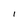
Character: l